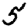
Digit: 5